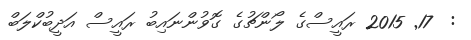
:  17